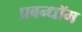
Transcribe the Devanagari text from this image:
प्रबन्धॉम